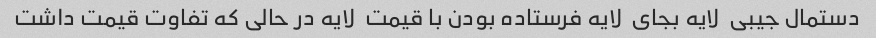
دستمال جیبی  لایه بجای  لایه فرستاده بودن با قیمت  لایه در حالی که تفاوت قیمت داشت